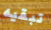
تبقيه